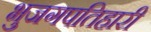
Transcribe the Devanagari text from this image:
भुजगपतिहारी